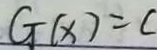
G ( x ) = c